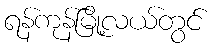
ရန်ကုန်မြို့လယ်တွင်